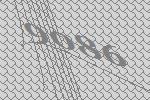
9086